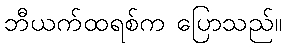
ဘီယက်ထရစ်က ပြောသည်။